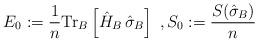
LaTeX: \begin{align*}E_0 := \frac{1}{n}\mathrm{Tr}_B\left[\hat{H}_B\,\hat{\sigma}_B\right]\;,S_0 := \frac{S(\hat{\sigma}_B)}{n}\end{align*}